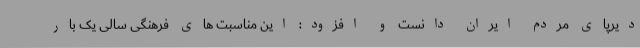
دیرپای مردم ایران دانست و افزود: این مناسبت های فرهنگی سالی یک بار